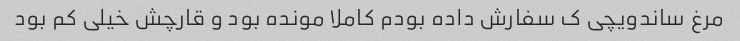
مرغ ساندویچی ک سفارش داده بودم کاملا مونده بود و قارچش خیلی کم بود